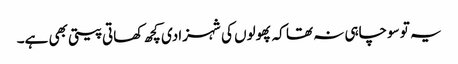
یہ تو سوچاہی نہ تھا کہ پھولوں کی شہزادی کچھ کھاتی پیتی بھی ہے۔